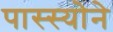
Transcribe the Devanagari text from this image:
पास्स्योने